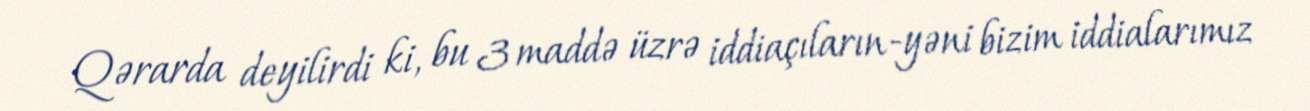
Qərarda deyilirdi ki, bu 3 maddə üzrə iddiaçıların-yəni bizim iddialarımız